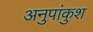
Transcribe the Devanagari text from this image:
अनुपांकुश